Annual report of the Madras Medical College
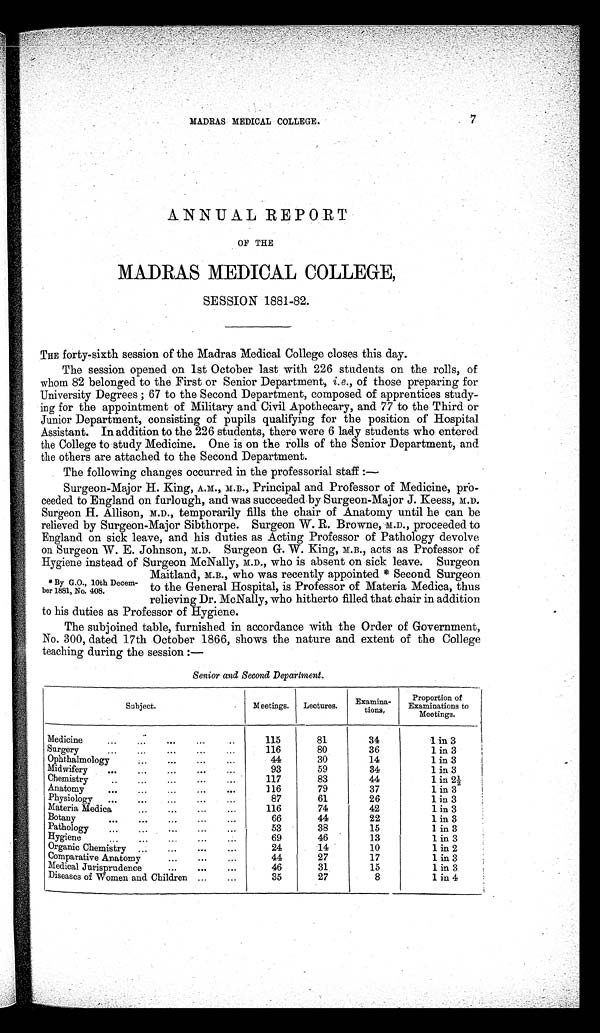
MADRAS MEDICAL COLLEGE. 7
ANNUAL REPORT
OF THE
MADRAS MEDICAL COLLEGE,
SESSION 1881-82.
THE forty-sixth session of the Madras Medical College closes this day.
The session opened on 1st October last with 226 students on the rolls, of
whom 82 belonged to the First or Senior Department, i.e., of those preparing for
University Degrees; 67 to the Second Department, composed of apprentices study
-ing for the appointment of Military and Civil Apothecary, and 77 to the Third or
Junior Department, consisting of pupils qualifying for the position of Hospital
Assistant. In addition to the 226 students, there were 6 lady students who entered
the College to study Medicine. One is on the rolls of the Senior Department, and
the others are attached to the Second Department.
The following changes occurred in the professorial staf:
—
Surgeon-Major H. King, A.M., M.B., Principal and Professor of Medicine, pro-
ceeded to England on furlough, and was succeeded by Surgeon-Major J. Keess, M.D.
Surgeon H. Allison, M.D., temporarily fills the chair of Anatomy until he can be
relieved by Surgeon-Major Sibthorpe. Surgeon W. R. Browne, M.D., proceeded to
England on sick leave, and his duties as Acting Professor of Pathology devolve
on Surgeon W. E. Johnson, M.D. Surgeon G. W. King, M.B., acts as Professor of
Hygiene instead of Surgeon McNally, M.D., who is absent on sick leave. Surgeon
Maitland, M.B., who was recently appointed * Second Surgeon
* ByG.O., 10th Decem-
ber 1881, No. 408. to the General Hosp ital, is Professor of Materia Medica, thus
relieving Dr. McNally, who hitherto filled that chair in addition
to his duties as Professor of Hygiene.
The subjoined table, furnished in accordance with the Order of Government,
No. 300, dated 17th October 1866, shows the nature and extent of the College
teaching during the session:—
Senior and Second Department.
Subject.
Meetings. Lectures.
Examina-
tions.
Proportion of
Examinations to
Meetings.
Medicine
115
81
34
1 in 3
Surgery
116
80
36
1 in 3
Ophthalmology
44
30
14
1 in 3
Midwifery
93
59
34
1 in 3
Chemistry
117
83
44
1 in 2½
Anatomy
116
79
37
1 in 3
Physiology
87
61
26
1 in 3
Materia Medica
116
74
42
1 in 3
Botany
66
44
22
1 in 3
Pathology
53
38
15
1 in 3
Hygiene
69
46
13
1 in 3
Organic Chemistry
24
14
10
1 in 2
Comparative Anatomy
44
27
17
1 in 3
Medical Jurisprudence
46
31
15
1 in 3
Diseases of Women and Children
35
27
8
1 in 4
I